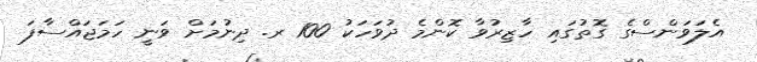
އެލަވަންސްގެ ގޮތުގައި ހާޒިރުވާ ކޮންމެ ދުވަހަކު 100 ރ. ދިނުމަށް ވަނީ ހަމަޖައްސާފަ